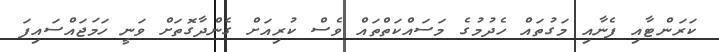
ކަރަންޓާއި ފެނާއި މަގުތައް ހެދުމުގެ މަސައްކަތްތައް ވެސް ކުރިއަށް ގެންދާގޮތަށް ވަނީ ހަމަޖައްސައިފަ